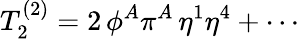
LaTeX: T_{2}^{(2)}=2\, \phi^{A}\pi^{A}\, \eta^{1}\eta^{4}+\cdots